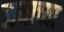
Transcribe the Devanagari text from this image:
जयाच्या